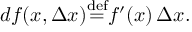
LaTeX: d f ( x , \Delta x ) { \stackrel { \mathrm { d e f } } { = } } f ^ { \prime } ( x ) \, \Delta x .